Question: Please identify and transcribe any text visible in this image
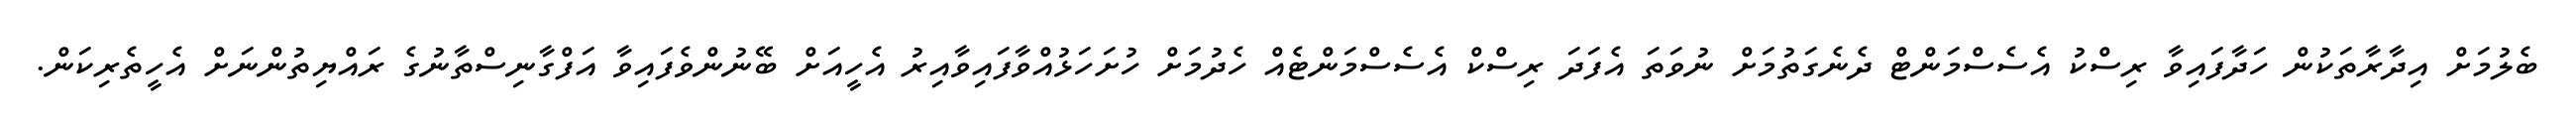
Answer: ބެލުމަށް އިދާރާތަކުން ހަދާފައިވާ ރިސްކު އެސެސްމަންޓް ދެނެގަތުމަށް ނުވަތަ އެފަދަ ރިސްކް އެސެސްމަންޓެއް ހެދުމަށް ހުށަހަޅުއްވާފައިވާއިރު އެހީއަށް ބޭނުންވެފައިވާ އަފްގާނިސްތާނުގެ ރައްޔިތުންނަށް އެހީތެރިކަން.